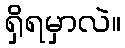
ရှိရမှာလဲ။